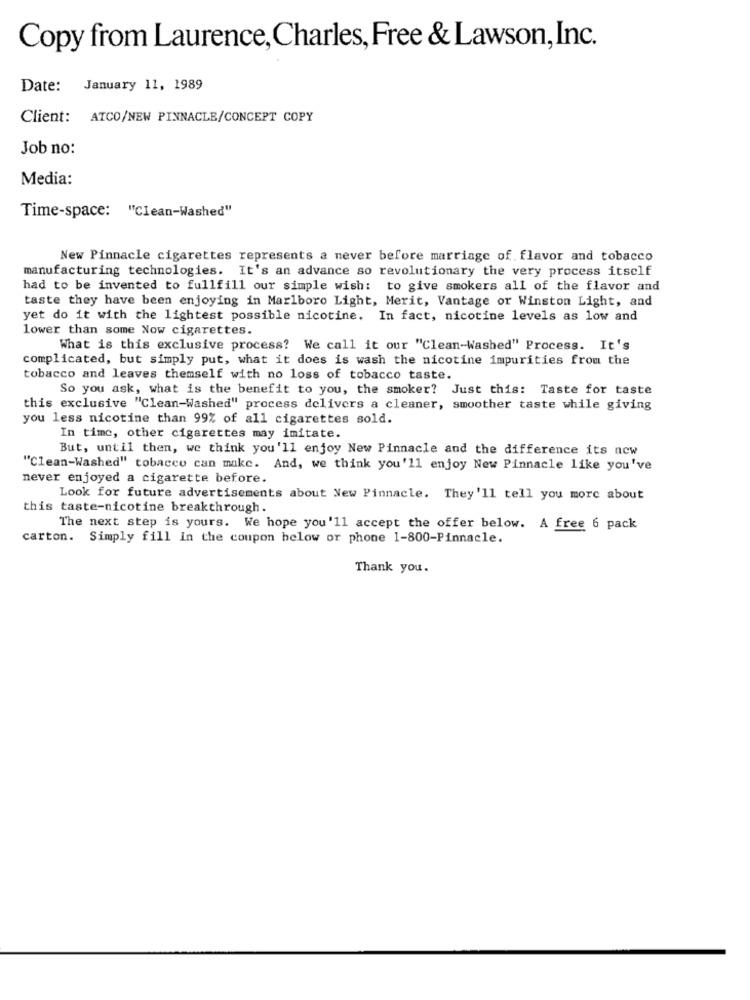
Copy from Laurence, Charles, Free & Lawson, Inc.
Date: January 11, 1989
Client: ATCO/NEW PINNACLE/CONCEPT COPY
Job no:
Media:
Time-space: "Clean-Washed"
New Pinnacle cigarettes represents a never before marriage of flavor and tobacco
manufacturing technologies. It's an advance so revolutionary the very process itself
had to be invented to fullfill our simple wish: to give smokers all of the flavor and
taste they have been enjoying in Marlboro Light, Merit, Vantage or Winston Light, and
yet do it with the lightest possible nicotine. In fact, nicotine levels as low and
lower than some Now cigarettes.
What is this exclusive process? We call it our "Clean-Washed" Process. It's
complicated, but simply put, what it does is wash the nicotine impurities from the
tobacco and leaves themself with no loss of tobacco taste.
So you ask, what is the benefit to you, the smoker? Just this: Taste for taste
this exclusive "Clean-Washed" process delivers a cleaner, smoother taste while giving
you less nicotine than 99% of all cigarettes sold.
In time, other cigarettes may imitate.
But, until then, we think you'll enjoy New Pinnacle and the difference its new
"Clean-Washed" tobacco can make. And, we think you'll enjoy New Pinnacle like you've
never enjoyed a cigarette before.
Look for future advertisements about New Pinnacle. They'll tell you more about
this taste-nicotine breakthrough.
The next step is yours. We hope you'll accept the offer below. A free 6 pack
carton. Simply fill in the coupon below or phone 1-800-Pinnacle.
Thank you.